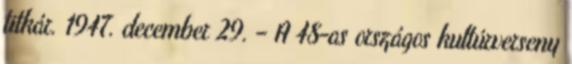
titkár. 1947. december 29. – A 48-as országos kultúrverseny